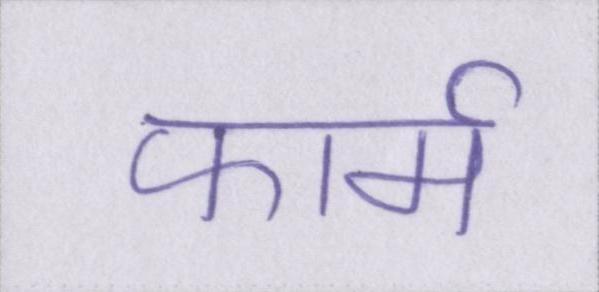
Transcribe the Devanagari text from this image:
फार्म